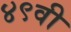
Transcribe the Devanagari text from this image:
४९वी